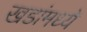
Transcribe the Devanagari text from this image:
खडांमध्ये